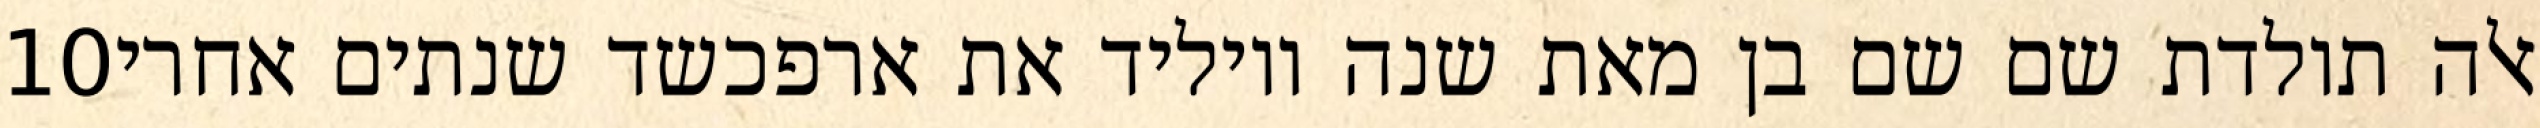
‎10‏ אלה תולדת שם שם בן מאת שנה ויוליד את ארפכשד שנתים אחרי